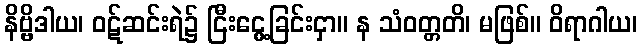
နိဗ္ဗိဒါယ၊ ဝဋ်ဆင်းရဲ၌ ငြီးငွေ့ခြင်းငှာ။ န သံဝတ္တတိ၊ မဖြစ်။ ဝိရာဂါယ၊